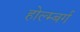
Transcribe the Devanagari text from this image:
होल्म्बर्ग